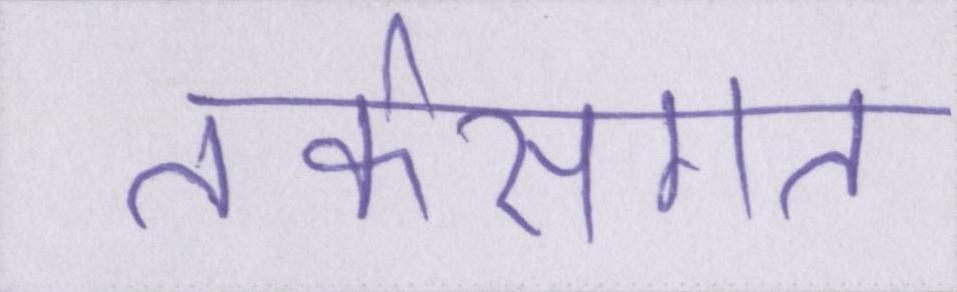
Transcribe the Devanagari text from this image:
तर्कसंगत